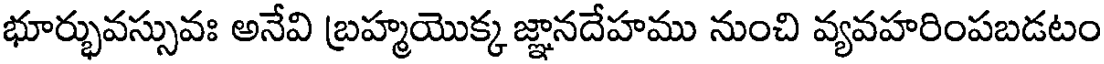
భూర్భువస్సువః అనేవి బ్రహ్మయొక్క జ్ఞానదేహము నుంచి వ్యవహరింపబడటం